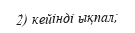
2) кейінді ықпал;